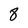
Character: 8